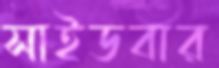
সাইডবার